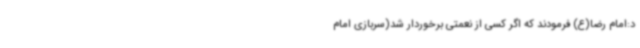
د:امام رضا(ع) فرمودند که اگر کسی از نعمتی برخوردار شد(سربازی امام